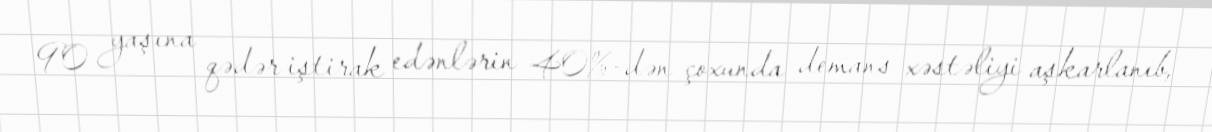
90 yaşına qədər iştirak edənlərin 40%-dən çoxunda demans xəstəliyi aşkarlanıb,